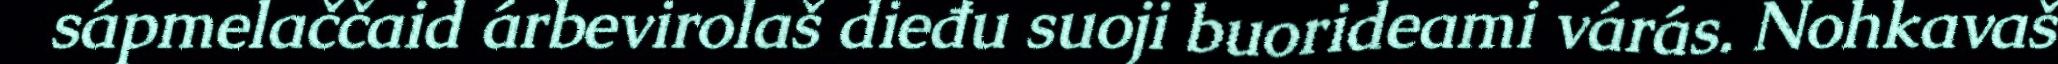
sápmelaččaid árbevirolaš dieđu suoji buorideami várás. Nohkavaš